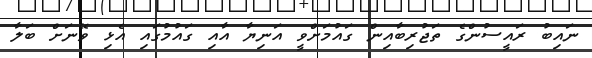
ނައިބު ރައީސުންގެ ތަޖުރިބާއިން ގައުމަށްވީ އަނިޔާ އާއި ގައުމުގައި އެޅި ވޭނަށް ބަލާ